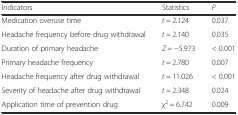
<table><thead><tr><td><b>Indicators</b></td><td><b>Statistics</b></td><td><b><i>P</i></b></td></tr></thead><tbody><tr><td>Medication overuse time</td><td><i>t</i> = 2.124</td><td>0.037</td></tr><tr><td>Headache frequency before drug withdrawal</td><td><i>t</i> = 2.140</td><td>0.035</td></tr><tr><td>Duration of primary headache</td><td><i>Z</i> = −5.973</td><td>&lt; 0.001</td></tr><tr><td>Primary headache frequency</td><td><i>t</i> = 2.780</td><td>0.007</td></tr><tr><td>Headache frequency after drug withdrawal</td><td><i>t</i> = 11.026</td><td>&lt; 0.001</td></tr><tr><td>Severity of headache after drug withdrawal</td><td><i>t</i> = 2.348</td><td>0.024</td></tr><tr><td>Application time of prevention drug</td><td><i>χ</i><sup>2</sup> = 6.742</td><td>0.009</td></tr></tbody></table>